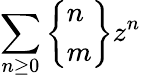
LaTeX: \sum_{n\geq 0}\left\{ {\begin{array}{l}{n}\\ {m}\end{array}}\right\} z^{n}